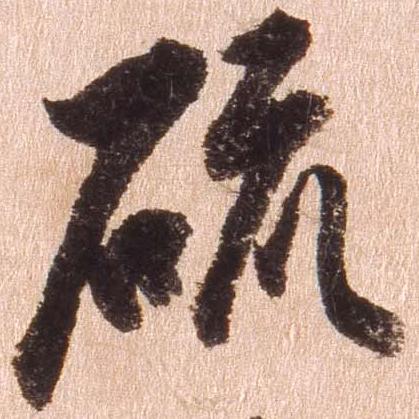
硫